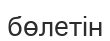
бөлетін